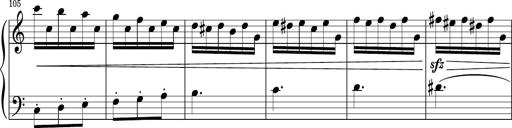
Title: Sonatina PandemÃ³nium
Composer: VÃ­ctor Carbajo
Key: C major